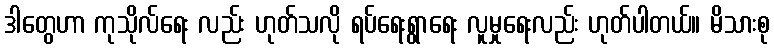
ဒါတွေဟာ ကုသိုလ်ရေး လည်း ဟုတ်သလို ရပ်ရေးရွာရေး လူမှုရေးလည်း ဟုတ်ပါတယ်။ မိသားစု